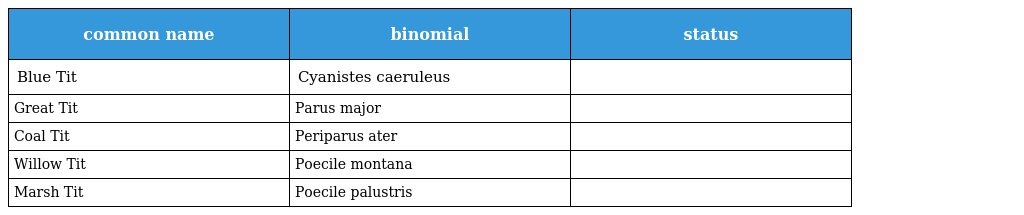
| common name | binomial | status |
 | --- | --- | --- |
 | Blue Tit | Cyanistes caeruleus |  |
 | Great Tit | Parus major |  |
 | Coal Tit | Periparus ater |  |
 | Willow Tit | Poecile montana |  |
 | Marsh Tit | Poecile palustris |  |